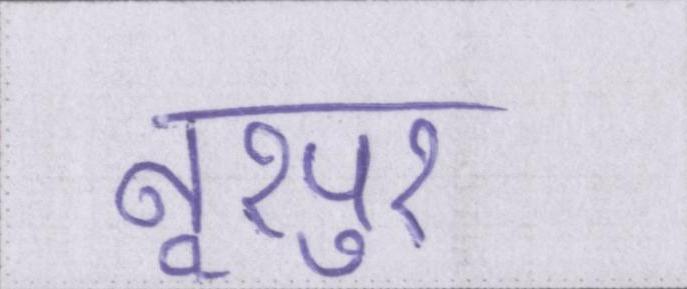
नूरपुर